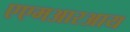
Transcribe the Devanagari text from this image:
एएमआरआय